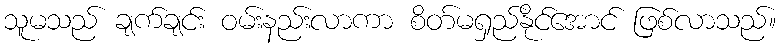
သူမသည် ချက်ချင်း ဝမ်းနည်းလာကာ စိတ်မရှည်နိုင်အောင် ဖြစ်လာသည်။